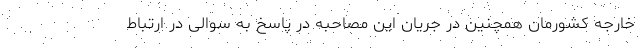
خارجه کشورمان همچنین در جریان این مصاحبه در پاسخ به سوالی در ارتباط